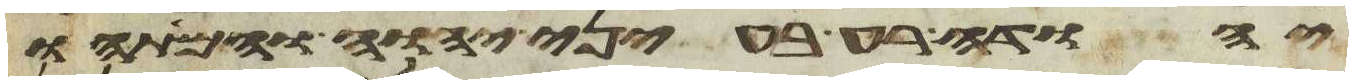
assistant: יהודה רע בעיני יהוה וימתהו